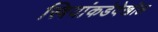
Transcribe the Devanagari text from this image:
स्त्रियांकडेदेखील